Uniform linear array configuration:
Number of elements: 4
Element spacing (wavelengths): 0.75
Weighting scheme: uniform
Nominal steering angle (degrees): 0
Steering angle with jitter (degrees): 2.0
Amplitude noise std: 0.05
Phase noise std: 0.05

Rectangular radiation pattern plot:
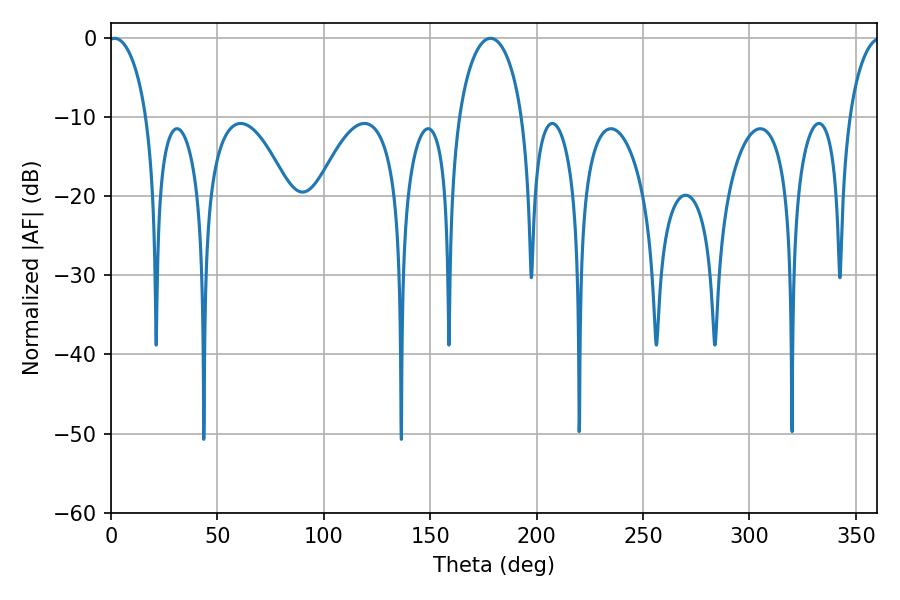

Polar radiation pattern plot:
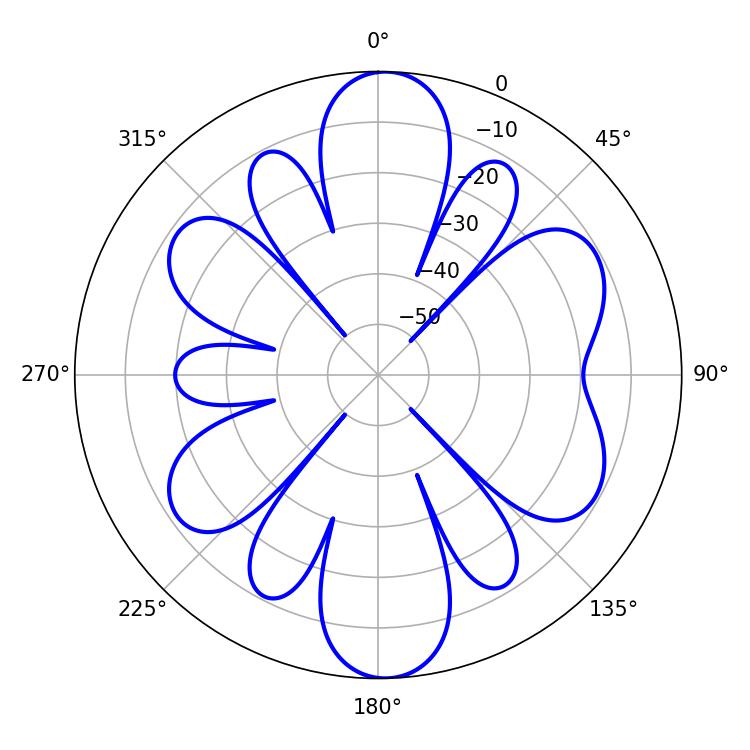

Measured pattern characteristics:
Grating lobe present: TRUE
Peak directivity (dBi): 16.978
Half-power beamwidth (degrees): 10.26
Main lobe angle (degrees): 1.62